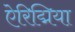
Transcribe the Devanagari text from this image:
ऐरिद्मिया